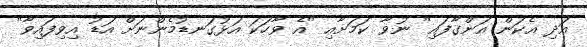
އަދި އެކަން އަންގާފައި" ނުވާ ކަމަށާއި "އެ ވާހަކަ އަޅުގަނޑުމެންނަށް އަޑު އިވިފައިވާ"